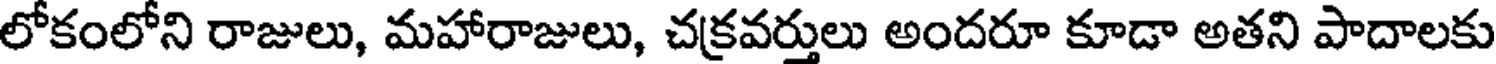
లోకంలోని రాజులు, మహారాజులు, చక్రవర్తులు అందరూ కూడా అతని పాదాలకు